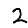
Digit: 2